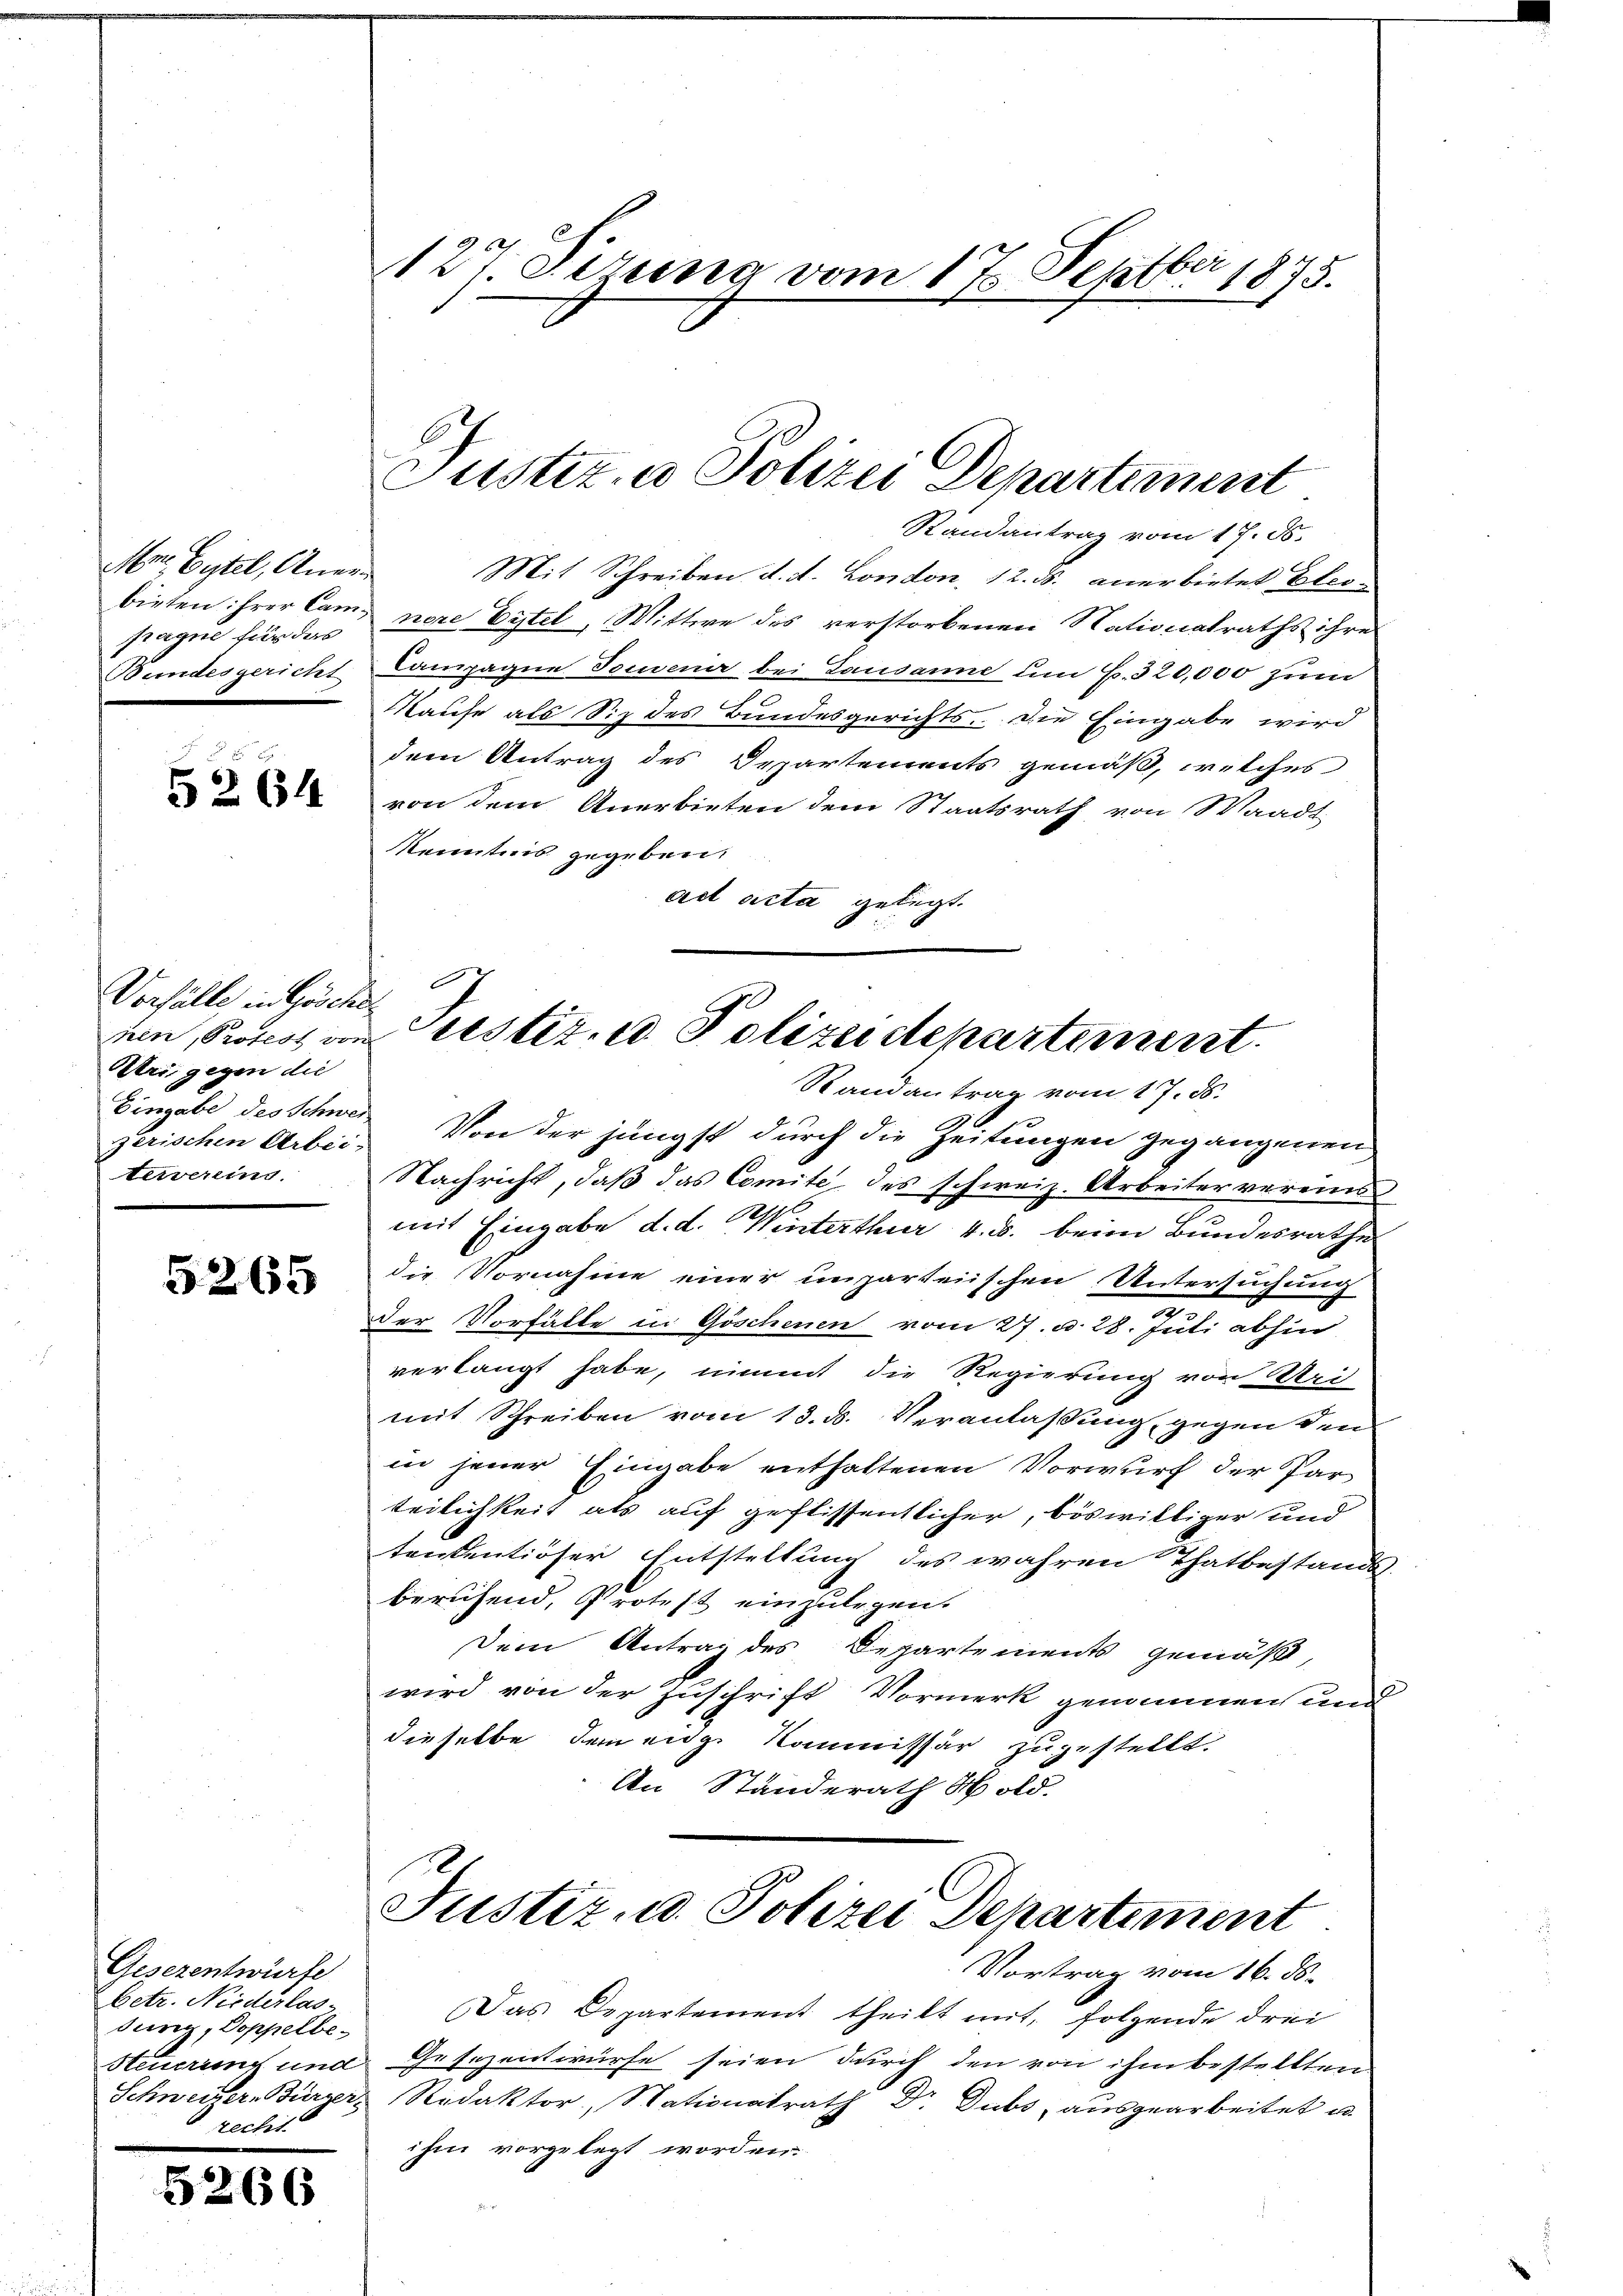
Mon. Gytel, Anerfragne für das

5264

Vorfälle in Gösche
nin, Protest von
Ueri gegen die
zerischen Arbei-

5265

Gesezentwürfe
betr. Niederlas¬
Surig, Doppelbe¬
Steuerung und
Schweizer-Bürger,
recht.

5.

266

127. Jezung vom 17. Septbr 1875.

Randantrag vom 17. ds.
Mit Schreiben d. d. London, 12. ds. anerbietet Eleobieten ihrer Cam, nore Eitel, Wittwe des verstorbenen Nationalraths ihre
Bundesgericht Campagne Touenir bei Lausanne um B. 320,000 zum
Kaufe als Siz des Bundesgerichts. Die Eingabe wird
dem Antrag des Departements gemäß, welches
von dem Anerbieten dem Staatsrath von Waadt-
Kenntnis gegeben.
ad acta gelegt.
G

Eingabe des Schweiz. Von der jüngst durch die Zeitungen gegangenen
tervereins. Nachricht, daß das Comite des schweiz. Arbeiter vereins
mit Eingabe d. d. Winterthur 4. B. beim Bundesrathe
die Vornahme einer unparteiischen Untersuchung
e
Der Vorfälle in Göschenen vom 27. d. 28. Juli abhin
verlangt habe, nimmt die Regierung von Mei
mit Schreiben vom 13. ds. Veranlaßung, gegen den
in jener Eingabe enthaltenen Vorwurf der Par
teilichkeit als auf geflissentlicher, böswilliger und
tontentioser Entstellung des wahren Thatbestands-
beruhend, Protest einzulegen.
Dein Antrag des Departements gemäß,
wird von der Zuschrift Vormerk genommen und
dieselbe dem eige Kommissär zugestellt.
An Ständerath Hold.

Justiz u. Polizei Departement

Justiz, u. Polizeidepartement.
Randantrag vom 17. ds.

Justiz- u. Polizei Departement
Vortrag vom 16. ds.

Das Departement theilt mit, folgende drei
Gesezentwurfe seien durch den von ihm bestellten.
Redaktor, Nationalrath Dr. Dubs, ausgearbeitet u.
ihm vorgelegt worden.